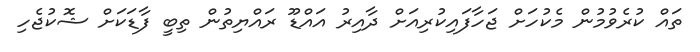
ތައް ކުރެވުމުން މެކުހަށް ޖަހާފައިކުރިއަށް ދާއިރު އައްޑޫ ރައްޔިތުން ތިބީ ފާޑަކަށް ޝޮކުޖެހި